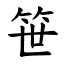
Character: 笹